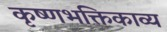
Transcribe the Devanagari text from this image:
कृष्णभक्तिकाव्य